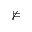
\nvDash